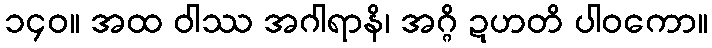
၁၄၀။ အထ ဝါဿ အဂါရာနိ၊ အဂ္ဂိ ဍဟတိ ပါဝကော။